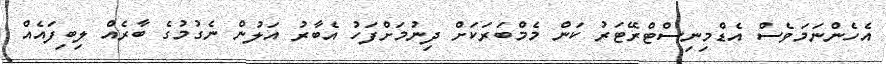
އެހެންނަމަވެސް އެޑްމިނިސްޓްރޭޓަރު ކަން މެމްބަރަކަށް ދިނުމަށްފަހު އެބާރު އަލުން ނެގުމުގެ ބާރެއް ލިބިފައެއް